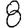
Digit: 8